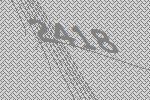
2418